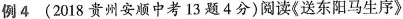
例4(2018贵州安顺中考13题4分)阅读《送东阳马生序》